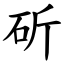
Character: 斫